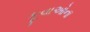
કૂવાઓના